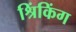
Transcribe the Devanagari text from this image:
श्रिंकिंग